Indian journal of veterinary science and animal husbandry - Volume 7,
Year: 1937
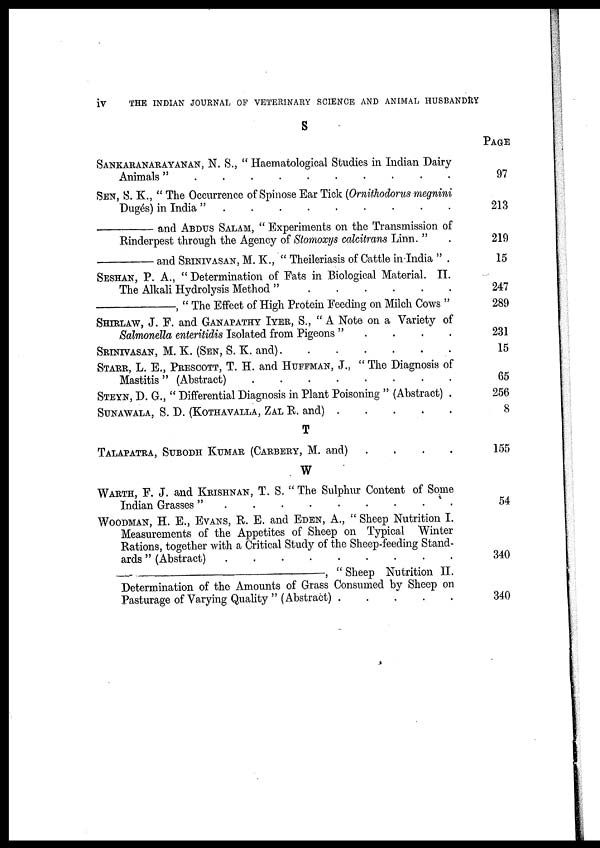
iv
THE INDIAN JOURNAL OF VETERINARY SCIENCE AND ANIMAL HUSBANDRY
S
SANKARANARAYANAN,
N. S., " Haematological Studies in Indian Dairy
Animals"
SEN, S. K., " The Occurrence of Spinose Ear Tick (Ornithodorus megnini
Dugés) in India
".........
—————and ABDUS SALAM, " Experiments on the Transmission of
Rinderpest through the Agency of Stomoxys calcitrans Linn. "
—————and SRINIVASAN, M. K., " Theileriasis of Cattle in India " .
SESHAN, P. A., " Determination of Fats in Biological Material. II.
The Alkali Hydrolysis Method "
—————,
" The Effect of High Protein Feeding on Milch Cows "
SHIRLAW, J. F. and GANAPATHY IYER, S., "A Note on a Variety of
Salmonella enteritidis Isolated from Pigeons "
SRINIVASAN, M. K. (SEN, S. K. and)
STARR, L. E., PRESCOTT, T. H. and HUFFMAN, J., " The Diagnosis of
Mastitis " (Abstract)
STEYN, D. G., " Differential Diagnosis in Plant Poisoning " (Abstract) .
SUNAWALA, S. D. (KOTHAVALLA, ZAL R. and)
T
TALAPATRA, SUBODH KUMAR (CARBERY, M. and)
....
W
WARTH, F. J. and KRISHNAN, T. S. " The Sulphur Content of Some
Indian Grasses
".........
WOODMAN, H. E., EVANS, R. E. and EDEN, A., " Sheep Nutrition I.
Measurements of the Appetites of Sheep on Typical Winter
Rations, together with a Critical Study of the Sheep-feeding Stand-
ards " (Abstract)
————————————,
" Sheep Nutrition II.
Determination of the Amounts of Grass Consumed by Sheep on
Pasturage of Varying Quality " (Abstract)
PAGE
97
213
219
15
247
289
231
15
65
256
8
155
54
340
340